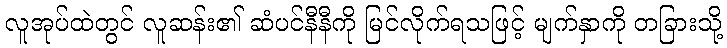
လူအုပ်ထဲတွင် လူဆန်း၏ ဆံပင်နီနီကို မြင်လိုက်ရသဖြင့် မျက်နှာကို တခြားသို့